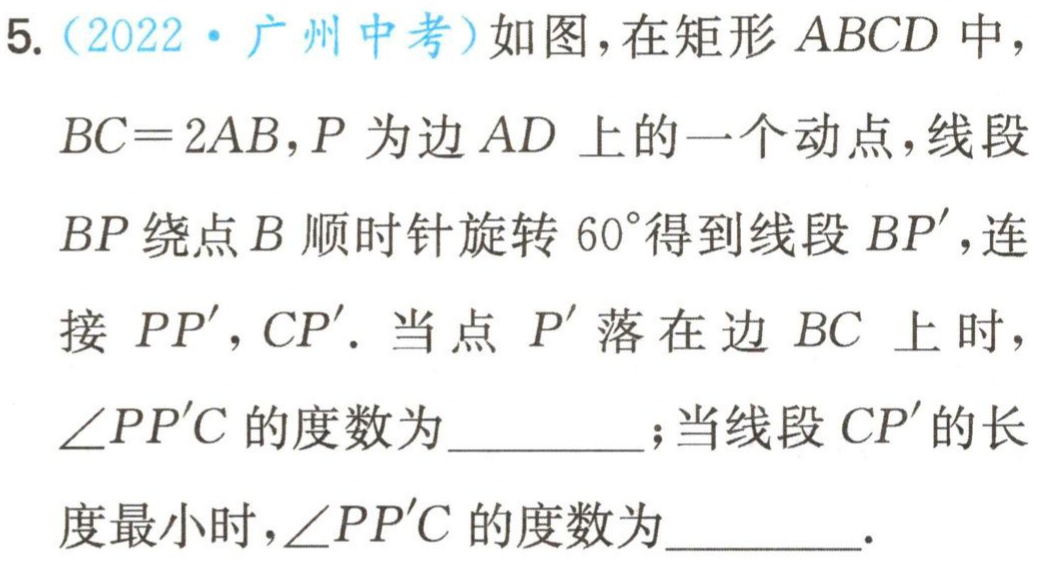
5.（2022·广州中考）如图，在矩形 \(ABCD\) 中，

\(BC = 2AB\)，\(P\) 为边 \(AD\) 上的一个动点，线段

\(BP\) 绕点 \(B\) 顺时针旋转 \(60^{\circ}\)得到线段 \(BP'\)，连

接 \(PP'\)，\(CP'\). 当点 \(P'\) 落在边 \(BC\) 上时，

\(\angle PP'C\) 的度数为  ；当线段 \(CP'\) 的长

度最小时，\(\angle PP'C\) 的度数为  .